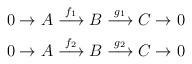
LaTeX: \begin{gather*}0 \to A \stackrel{f_{1}}\longrightarrow B \stackrel{g_{1}}\longrightarrow C \to 0\\0 \to A \stackrel{f_{2}}\longrightarrow B \stackrel{g_{2}}\longrightarrow C \to 0\end{gather*}